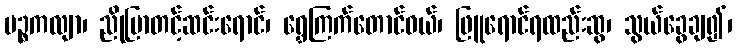
ပဉ္စကလျာ၊ ညိုပြာတင့်ဆင်းရောင်၊ ရွှေကြက်တောင်ဝယ်၊ ဖြူရောင်ရထည်းဆွ၊ သွယ်ခွေချ၍၊